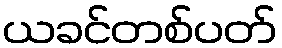
ယခင်တစ်ပတ်